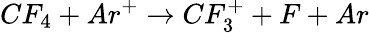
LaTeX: CF_{4}+Ar^{+}\rightarrow CF_{3}^{+}+F+Ar